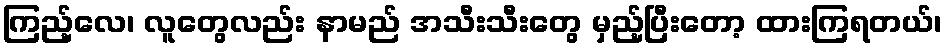
ကြည့်လေ၊ လူတွေလည်း နာမည် အသီးသီးတွေ မှည့်ပြီးတော့ ထားကြရတယ်၊